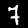
Label: 7